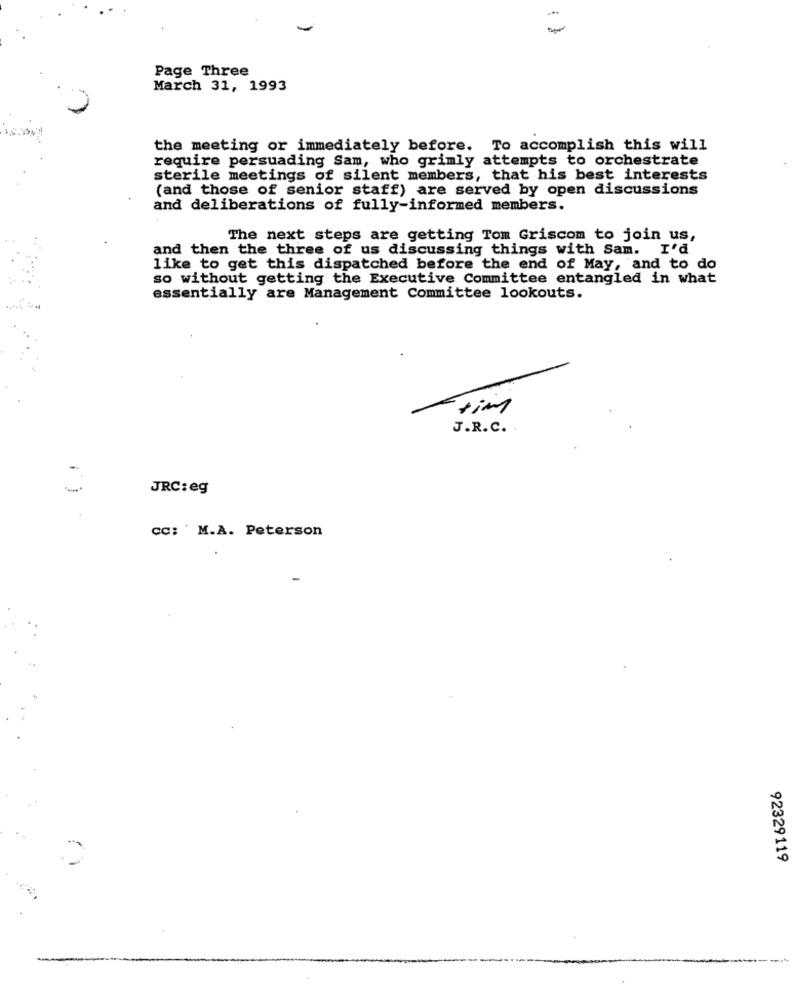
Page Three
March 31, 1993
the meeting or immediately before. To accomplish this will
require persuading Sam, who grimly attempts to orchestrate
sterile meetings of silent members, that his best interests
(and those of senior staff) are served by open discussions
and deliberations of fully-informed members.
The next steps are getting Tom Griscom to join us,
and then the three of us discussing things with Sam. I'd
like to get this dispatched before the end of May, and to do
so without getting the Executive Committee entangled in what
essentially are Management Committee lookouts.
tim
J.R.C.
JRC: eg
cc: M.A. Peterson
92329119